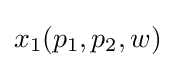
x_{1}(p_{1},p_{2},w)